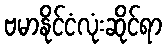
ဗမာနိုင်ငံလုံးဆိုင်ရာ